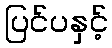
ပြင်ပနှင့်